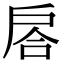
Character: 𢩅